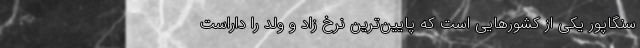
سنگاپور یکی از کشورهایی است که پایین‌ترین نرخ زاد و ولد را داراست